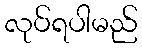
လုပ်ရပါမည်